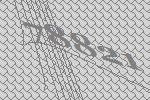
78821